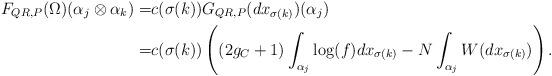
LaTeX: \begin{align*}F_{QR,P}(\Omega)(\alpha_j \otimes \alpha_k)=&c(\sigma(k)) G_{QR,P}(dx_{\sigma(k)})(\alpha_j)\\=&c(\sigma(k))\left((2g_C+1) \int_{\alpha_j} \log(f) dx_{\sigma(k)} - N \int_{\alpha_j} W(dx_{\sigma(k)})\right).\end{align*}